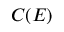
C ( E )